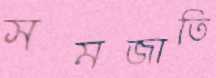
সমজাতি